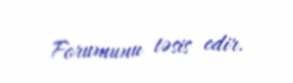
Forumunu təsis edir.